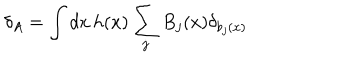
\delta _ { A } = \int d x \, h ( x ) \sum _ { j } B _ { j } ( x ) \delta _ { b _ { j } ( x ) }